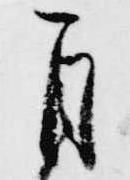
自